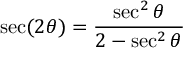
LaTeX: \sec ( 2 \theta ) = { \frac { \sec ^ { 2 } \theta } { 2 - \sec ^ { 2 } \theta } }